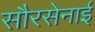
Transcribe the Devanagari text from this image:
सौरसेनाई